Civil Veterinary Department. United Provinces 1923-31 - 1923-1931
Year: 1923
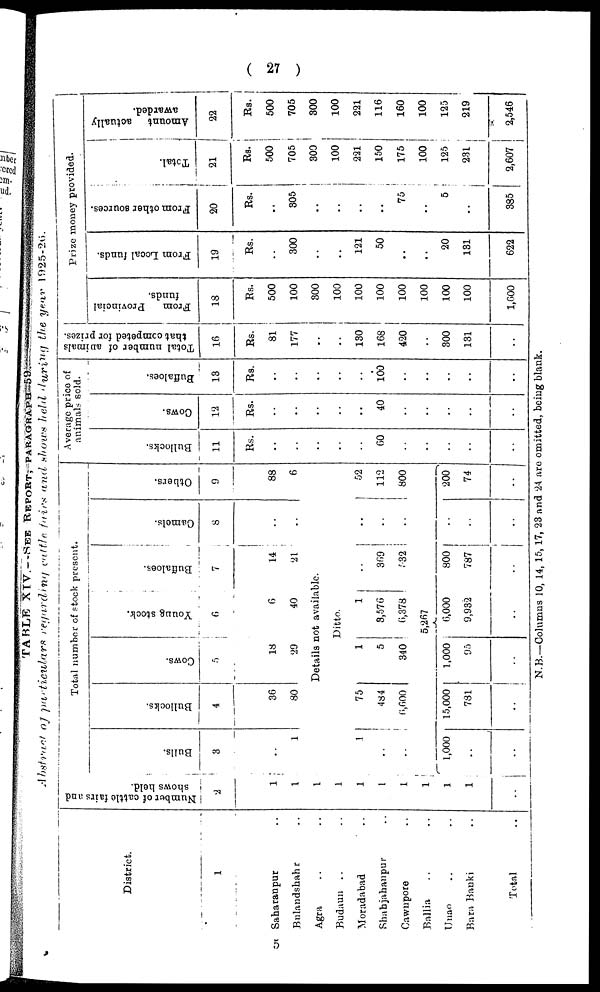
( 27 )
TABLE XIV.—SEE REPORT, PARAGRAPHS 59.
Abstract of particulars regarding cattle fairs and shows held during
the year
1925-26.
District.
1
Saharanpur ..
Bulandshahr ..
Agra .. ..
Budaun .. ..
Moradabad ..
Shahjahanpur ..
Cawnpore ..
Ballia .. ..
Unao .. ..
Bara Banki ..
Total ..
Number of cattle fairs and
shows held.
2
1
1
1
l
l
1
1
1
1
1
..
Total number of stock present.
Bulls.
3
..
1
1
..
..
..
1,000
..
..
Bullocks.
4
36
80
75
484
6,600
..
15,000
731
..
Cows.
5
18
29
Young stock.
6
6
40
Buffaloes.
7
14
21
Details not available.
1
5
340
..
1,000
95
..
Ditto.
1
9,576
6,378
5,267
6,000
9,932
..
..
369
532
..
800
787
..
Camels.
8
..
..
..
..
..
..
..
..
..
Others.
9
88
6
52
112
800
..
200
74
..
Average price of
animals sold.
Bullocks.
11
Rs.
..
..
..
..
..
60
..
..
..
..
..
Cows.
12
Rs.
..
..
..
..
..
40
..
..
..
..
..
Buffaloes.
13
Rs.
..
..
..
..
..
100
..
..
..
..
..
Total number of animals
that competed for prizes.
16
Rs.
81
177
..
..
130
168
420
..
300
131
..
Prize money provided.
From
Provincial
funds.
18
Rs.
500
100
300
100
100
100
100
100
100
100
1,600
From Local funds.
19
Rs.
..
300
..
..
121
50
..
..
20
131
622
From other sources.
20
Rs.
..
305
..
..
..
..
75
..
5
..
385
Total.
21
Rs.
500
705
300
100
221
150
175
100
125
231
2,607
Amount actually
awarded.
22
Rs.
500
705
300
100
221
116
160
100
125
219
2,546
N.B.—Columns 10, 14, 15, 17, 23 and 24 are omitted, being blank.
5